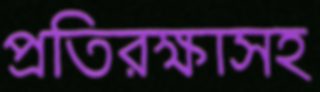
প্রতিরক্ষাসহ